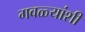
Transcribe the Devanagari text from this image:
गवळ्यांशी